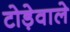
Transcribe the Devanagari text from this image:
टोड़ेवाले